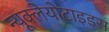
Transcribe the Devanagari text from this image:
न्यूक्लेयोटाइडस